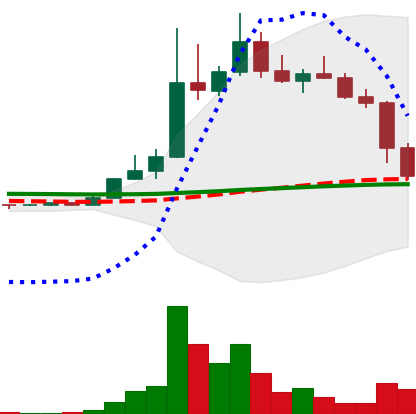
Ticker: DOGE-USD
Chart end date: 2022-11-09
Forward return: 15.603%
Label: up_7plus